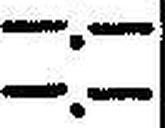
—.—